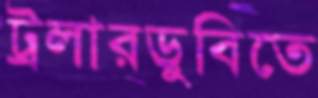
ট্রলারডুবিতে